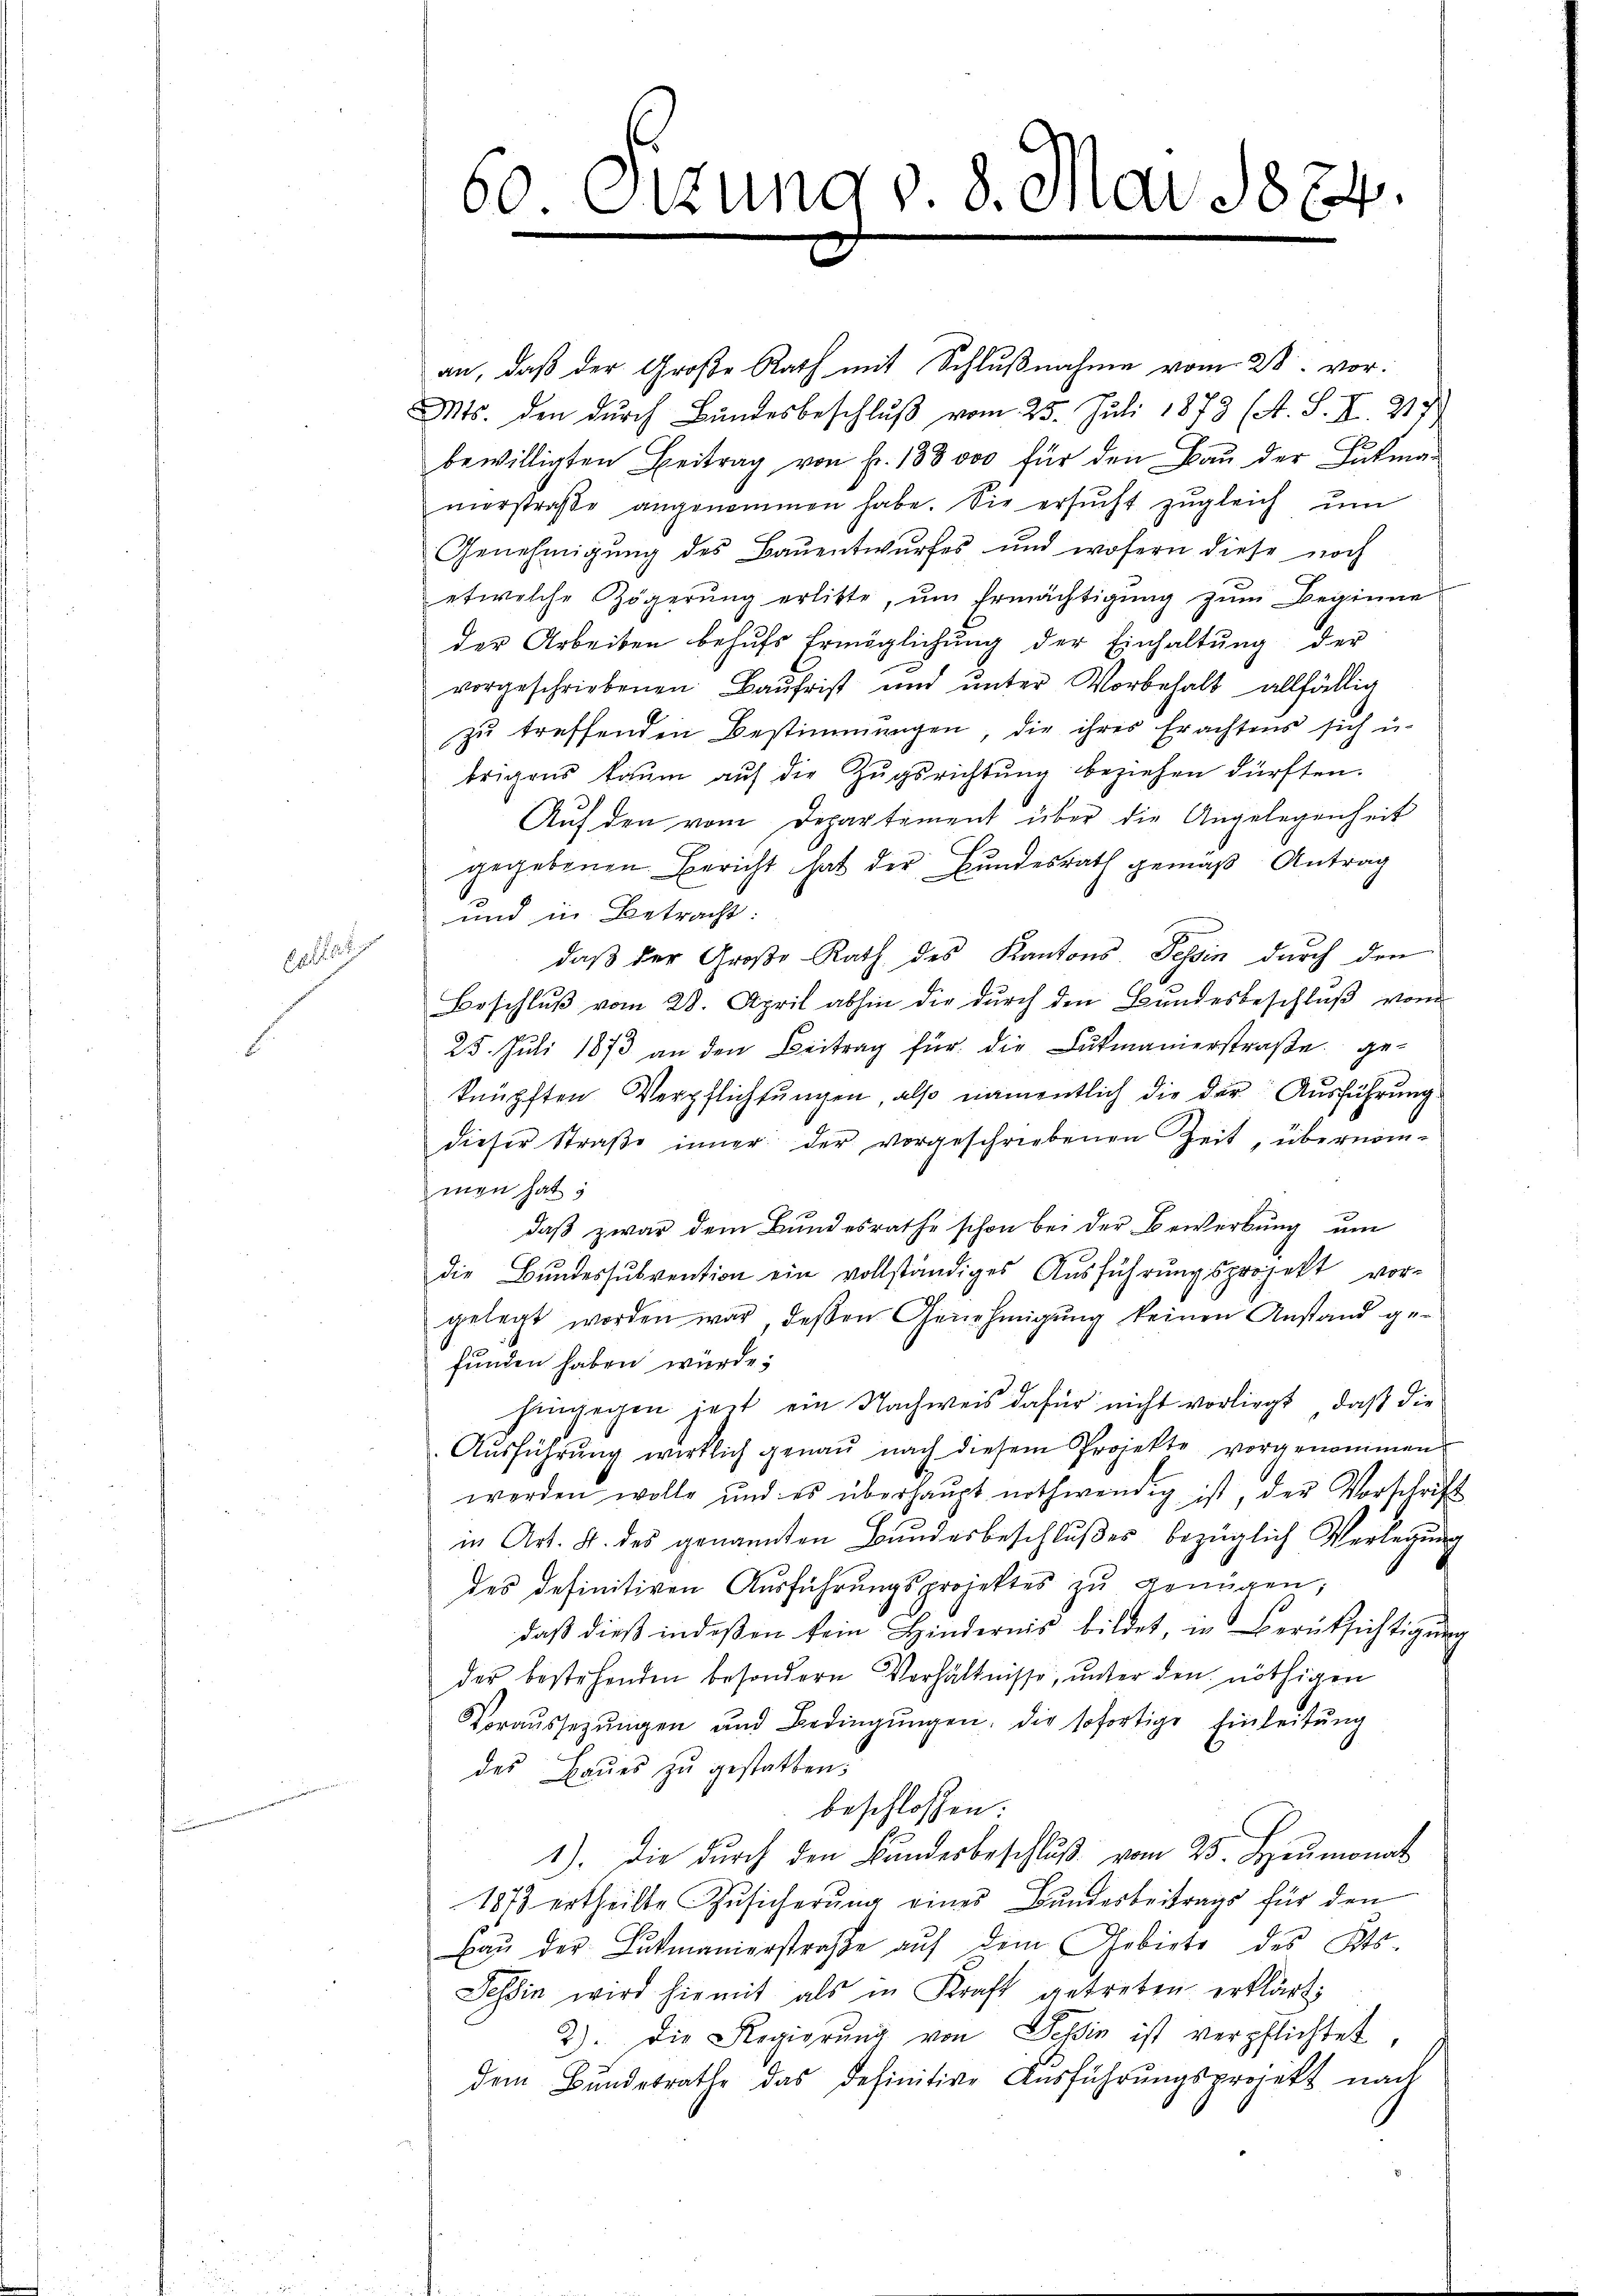
6

an, daβ der Große Rath mit Schlŭβnahme vom 28. vor.
Mts. den durch Bundesbeschluß vom 25. Juli 1873 (A. S. II. 217)
bewilligten Beitrag von Fr. 138 000 für den Bau der Lukman
merstraβe angenommen habe. Sie ersŭcht zŭgleich ŭm
Genehmigŭng des Baŭentwŭrfes und wofern diese noch
etwelche Zögerŭng erlitte, um Ermächtigung zŭm Beginne
der Arbeiten behŭfs Ermöglichŭng der Einhaltŭng der
vorgeschriebenen Baŭfrist und unter Vorbehalt allfällig
zu treffenden Bestimmungen, die ihres Erachtens sich u.
brigens kaum auf die Zugsrichtung beziehen dürften.
Auf den vom Departement über die Angelegenheit
gegebenen Bericht hat der Bundesrath gemäß Antrag
und in Betracht:
daß der Große Rath des Kantons Tessin durch den
Beschluß vom 28. April abhin die durch den Bundesbeschluß vom
25. Juli 1873 an den Beitrag für die Lukmanierstraβe geknüpften Verpflichtungen, also namentlich die der Ausführung.
dieser Straβe inner der vorgeschriebenen Zeit, übernom-
men hat s
daß zwar dem Bundesrathe schon bei der Bewerbung um
die Bundessŭbvention ein vollständiges Aŭsführungsprojekt vor-
gelegt worden war, deßen Genehmigŭng keinen Anstand ge-
funden haben würde;
hangegen heit ein Nachweis dafür nicht vorliegt, daß die
Aŭsführŭng wirklich genaŭ nach diesem Projekte vorgenommen
werden wolle und es überhaŭpt nothwendig ist, der Vorschrift
in Art. 4. des genannten Bŭndesbeschlŭβes bezüglich Verlegŭng
des definitiven Ausführungsprojektes zu genügen;
daß dieß indeßen kein Hindernis bildet, in Berüksichtigung
der bestehenden besondern Verhältnisse, unter den nöthigen
Voraŭssetzŭngen und Bedingŭngen. Die sofortige Einleitŭng
des Baues zu gestatten.
beschlossen:
1). Die dŭrch den Bŭndesbeschlŭβ vom 25. Heumonat
1873 ertheilte Zusicherung eines Bundesbeitrags für den
baŭ der Lukmanierstraβe aŭf dem Gebiete des Kts.
Tessin wird hiemit als in Kraft getreten erklärt:
2). Die Regierŭng von Tessin ist verpflichtet,
dem Bŭndesrathe das definitive Aŭsführŭngsprojekt nach

60. Sizung v. 8. Mai 1874.